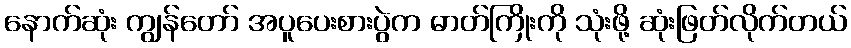
နောက်ဆုံး ကျွန်တော် အပူပေးစားပွဲက ဓာတ်ကြိုးကို သုံးဖို့ ဆုံးဖြတ်လိုက်တယ်